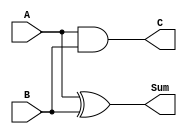
module half_adder (A, B, C, Sum);

//inputs
input A;
input B;

//outputs
output C;
output Sum;

//assignments
assign C = A&B;
assign Sum = A^B;

endmodule